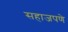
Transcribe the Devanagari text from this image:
सहाजपणे